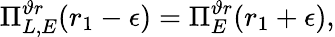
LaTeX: \Pi_{L,E}^{\vartheta r}(r_{1}-\epsilon)=\Pi_{E}^{\vartheta r}(r_{1}+\epsilon),